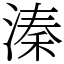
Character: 溱